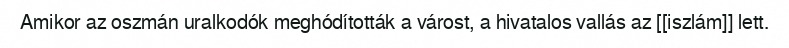
Amikor az oszmán uralkodók meghódították a várost, a hivatalos vallás az [[iszlám]] lett.